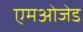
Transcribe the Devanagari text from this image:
एमओजेड